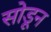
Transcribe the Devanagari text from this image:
सोडूून